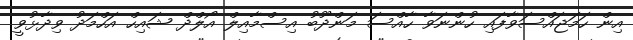
އިން ހަމަޖައްސަވާފައި ހުންނަވާ ހާއްސަ މަންދޫބު އިސްމާއިލް އޯލްދް ޝައިހް އަހްމަދު ވިދާޅުވީ